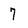
Character: 7